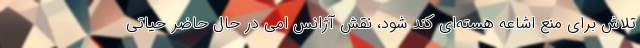
تلاش برای منع اشاعه هسته‌ای کند شود، نقش آژانس امی در حال حاضر حیاتی